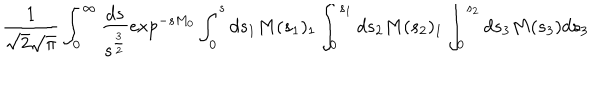
LaTeX: \frac { 1 } { \sqrt { 2 } \sqrt { \pi } } \int _ { 0 } ^ { \infty } \frac { d s } { s ^ { \frac { 3 } { 2 } } } \exp ^ { - s M _ { 0 } } \int _ { 0 } ^ { s } d s _ { 1 } M ( s _ { 1 } ) _ { 1 } \int _ { 0 } ^ { s _ { 1 } } d s _ { 2 } M ( s _ { 2 } ) _ { 1 } \int _ { 0 } ^ { s _ { 2 } } d s _ { 3 } M ( s _ { 3 } ) d s _ { 3 }